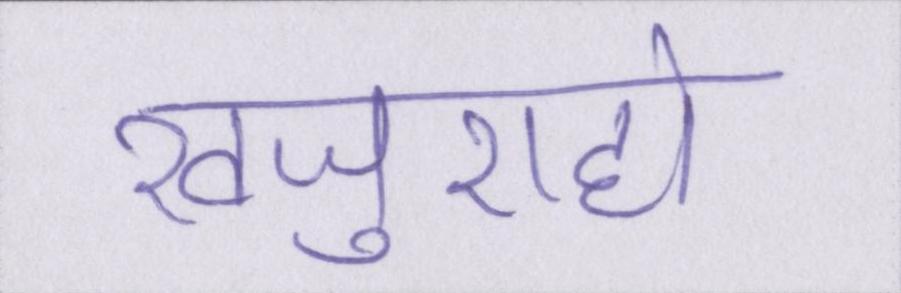
खजुराहो